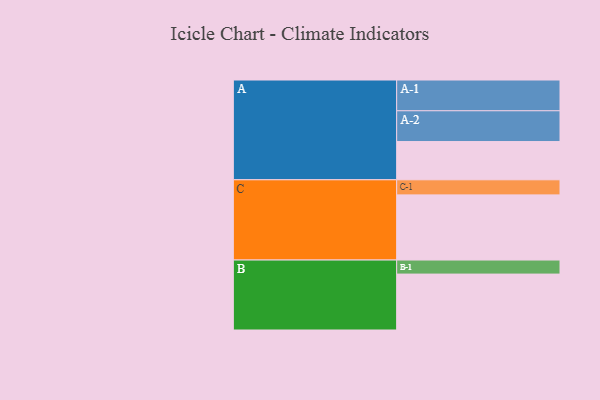
{"axis": {"x": "Segment", "y": "Value"}, "legend": ["", "A", "B", "C"], "data": [{"x": "A", "y": 327, "type": ""}, {"x": "B", "y": 478, "type": ""}, {"x": "C", "y": 557, "type": ""}, {"x": "A-1", "y": 263, "type": "A"}, {"x": "A-2", "y": 263, "type": "A"}, {"x": "B-1", "y": 120, "type": "B"}, {"x": "C-1", "y": 129, "type": "C"}]}